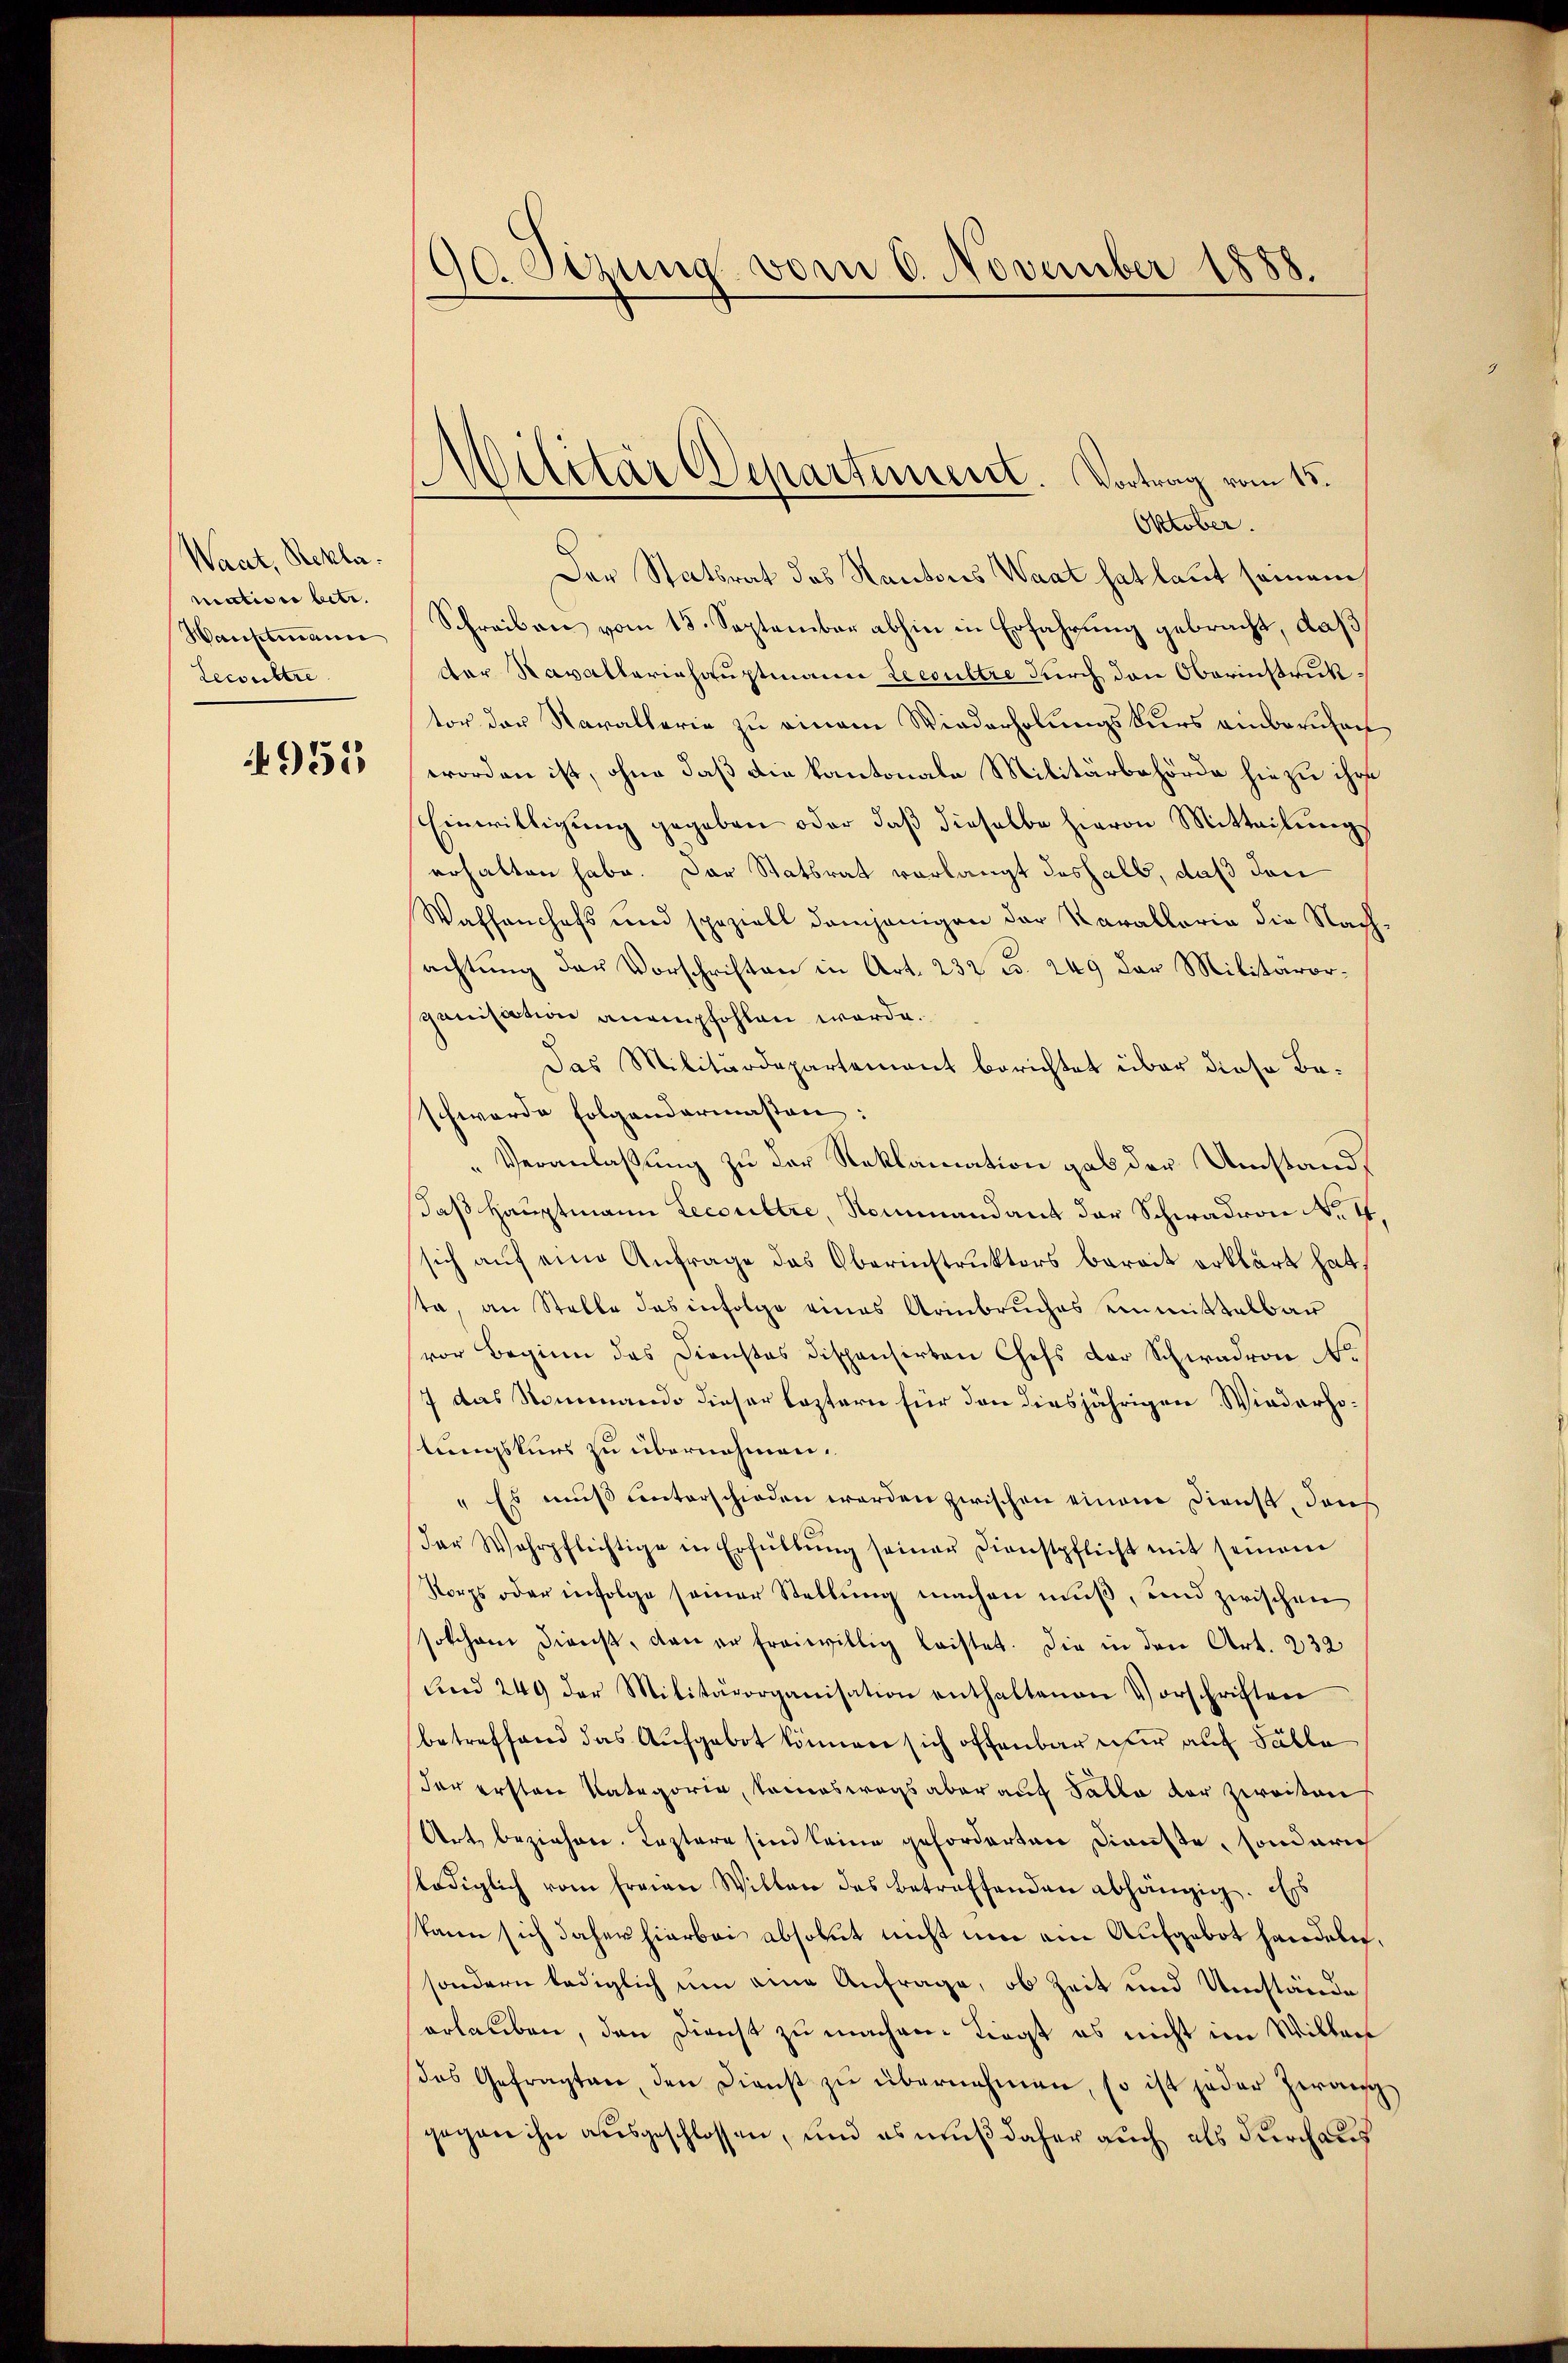
Waat, Rekla
mation betr.
Wauptmann
Leconstre

951

90. Sezung vom 6. November 1858.

Militär Departement. Vortrag vom 15.

Oktober.
Der Statsrat des Kantons Waat hat laut seinem
Schreiben vom 15. September abhin in Erfahrung gebracht, daß
Der Ravallerishauptmann Lecoultre durch den Oberinstruck:
tor der Kavallerie zu einem Wiederholungskurs einberuhen
worden ist, ohne daß die Kantonale Militärbehörde hiezu ihre
Einwilligŭng gegeben oder daβ dieselbe hievon Mitteilŭng
erhalten habe. Der Statsrat verlangt deshalb, daß den
Waffenchefs und speziell demjenigen der Parallorie die Nach
achtung der Vorschriften in Art. 232 u. 249 der Militärorganisation anempfohlen werde.
Das Militärdepartement berichtet über diese Beschwerde folgendermassen.
Veranlaßung zu der Reklamation gab der Umstand,
daß Hauptmann Lecoultre, Nommandant der Schwadron No. 4.
sich auf eine Anfrage das Oberinstruktors bereit erklärt hat.
sta, an Stelle das infolge eines Armbruches einmittelbar
vor Beginn des Dienstes dispensirten Chefs der Schwadron
7 das Nommando dieser leztern für den diesjährigen Wiederholungskurs zu übernehmen.
" Es muß unterschieden werden zwischen einem Dienst, dann
Der Wehrpflichtige in Erfüllŭng seiner Dienstpflicht mit seinem
Korps oder infolge seiner Stellung machen muß, und zwischen
solchem dienst, dann er freiwillig leistet. Die in den Art. 232
Und 249 der Militärorganisation enthaltenen Vorschriften
betreffend das Aufgebot können sich offenbar wir auf Fälle
der ersten Kategorie, komeswegs aber auf Salle der zweiten
Art, beziehen. Leztere sind keine geforderten Dienste, sonderic
lediglich vom Frau Willen das betreffenden abhängig. Es
kann sich daher hierbei absolut nicht um ein Aufgebot handeln.
sondern lediglich um eine Anfrage, ob Zeit und Umstände
erlauben, den Dienst zu machen. Liegt es nicht im Willer
das Gefragten, den Dienst zŭ übernehmen, so ist jeder Zwaischgegane ihn ausgeschlossen, und es muß daher auch als durchaus